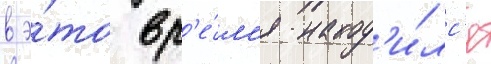
в э́то вр'е́м'я наход'и́лс'я